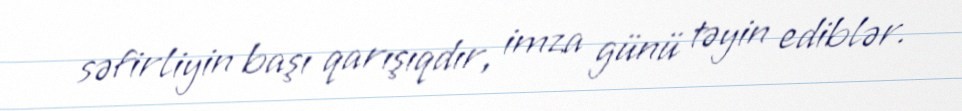
səfirliyin başı qarışıqdır, imza günü təyin ediblər.